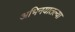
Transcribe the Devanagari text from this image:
अभिनयातल्या